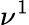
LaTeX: \nu^{1}